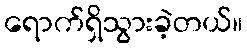
ရောက်ရှိသွားခဲ့တယ်။